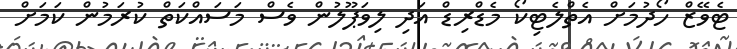
ޓެވޭޒް ހޯދުމަށް އެތްލެޓިކޯ މެޑްރިޑް އަދި ލިވަޕޫލުން ވެސް މަސައްކަތް ކުރަމުން ކަމަށް